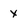
Character: x